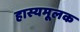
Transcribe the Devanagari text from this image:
हास्यमूलक